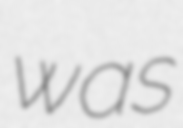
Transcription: was